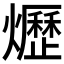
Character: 爏